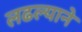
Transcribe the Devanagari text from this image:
लढल्याने